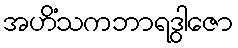
အဟိံသကဘာရဒွါဇော